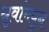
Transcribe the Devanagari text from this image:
धृवांमधुन